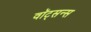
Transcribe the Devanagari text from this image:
वॉट्सन्स